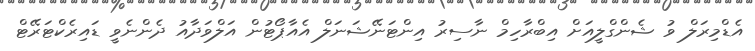
އެޑްމިރަލް ވު ޝެންގްލީއަށް އިބްރާހިމް ނާސިރު އިންޓަނޭޝަނަލް އެއާޕޯޓުން އަލްވަދާއު ދެންނެވީ ޑައިރެކްޓަރޭޓް